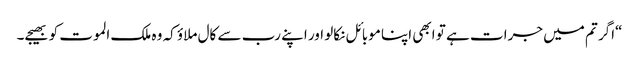
“اگر تم میں جرات ہے تو ابھی اپنا موبائل نکالو اور اپنے رب سے کال ملاؤ کہ وہ ملک الموت کو بھیجے۔